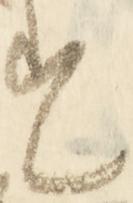
す